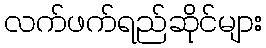
လက်ဖက်ရည်ဆိုင်များ